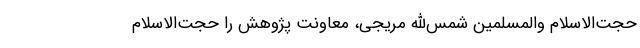
حجت‌الاسلام والمسلمین شمس‌الله مریجی، معاونت پژوهش را حجت‌الاسلام